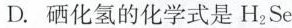
D.硒化氢的化学式是H_{2}Se